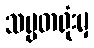
သမ္မတရုံးမှ